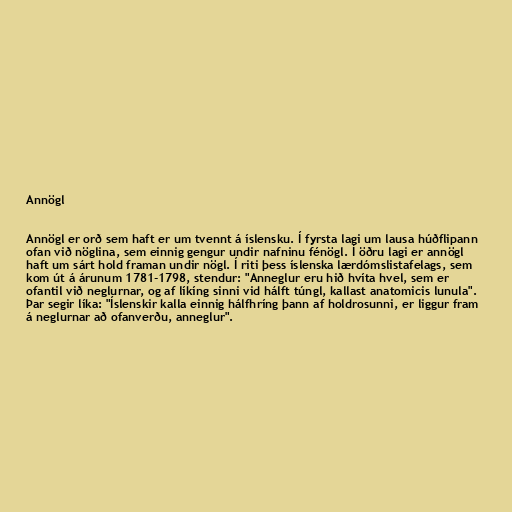
Annögl

Annögl er orð sem haft er um tvennt á íslensku. Í fyrsta lagi um lausa húðflipann
ofan við nöglina, sem einnig gengur undir nafninu fénögl. Í öðru lagi er annögl
haft um sárt hold framan undir nögl. Í riti þess íslenska lærdómslistafelags, sem
kom út á árunum 1781-1798, stendur: "Anneglur eru hið hvíta hvel, sem er
ofantil við neglurnar, og af líkíng sinni vid hálft túngl, kallast anatomicis lunula".
Þar segir líka: "Íslenskir kalla einnig hálfhríng þann af holdrosunni, er liggur fram
á neglurnar að ofanverðu, anneglur".